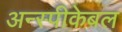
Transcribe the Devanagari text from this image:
अन्स्पीकेबल